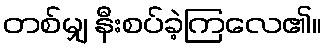
တစ်မျှ နီးစပ်ခဲ့ကြလေ၏။